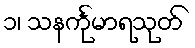
၁၊ သနင်္ကုမာရသုတ်